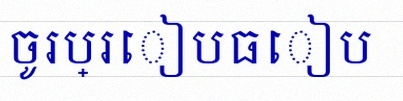
ចូរប្រៀបធៀប